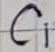
Text: C1